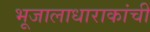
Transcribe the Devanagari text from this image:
भूजालाधाराकांची